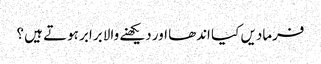
فرمادیں کیا اندھا اور دیکھنے والا برابر ہوتے ہیں ؟